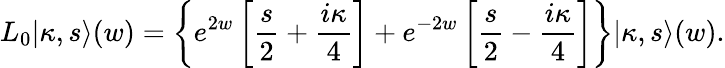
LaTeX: L_{0}|\kappa,s\rangle(w)=\left\{ e^{2w}\left[\frac{s}{2}+\frac{i\kappa}{4}\right]+e^{-2w}\left[\frac{s}{2}-\frac{i\kappa}{4}\right]\right\} |\kappa,s\rangle(w).